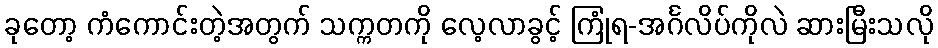
ခုတော့ ကံကောင်းတဲ့အတွက် သက္ကတကို လေ့လာခွင့် ကြုံရ-အင်္ဂလိပ်ကိုလဲ ဆားမြီးသလို